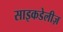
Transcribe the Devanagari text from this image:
साइकडेलीज़